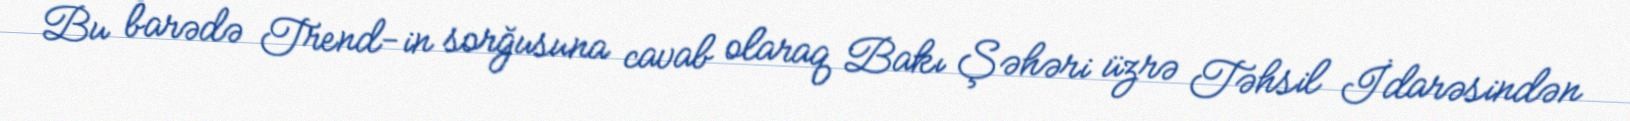
Bu barədə Trend-in sorğusuna cavab olaraq Bakı Şəhəri üzrə Təhsil İdarəsindən